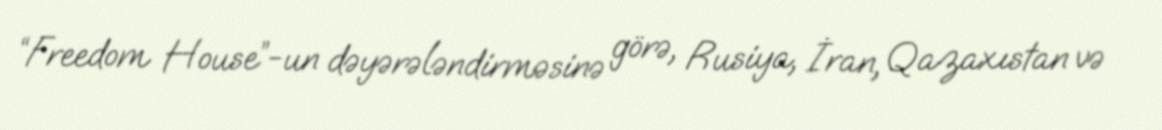
“Freedom House”-un dəyərələndirməsinə görə, Rusiya, İran, Qazaxıstan və